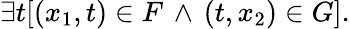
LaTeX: \exists t[(x_{1},t)\in F\, \land\, (t,x_{2})\in G].